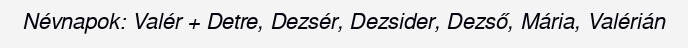
Névnapok: Valér + Detre, Dezsér, Dezsider, Dezső, Mária, Valérián